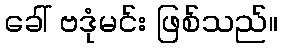
ခေါ် ဗဒုံမင်း ဖြစ်သည်။